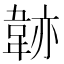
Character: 𩎭